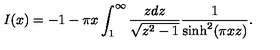
I ( x ) = - 1 - \pi x \int _ { 1 } ^ { \infty } \frac { z d z } { \sqrt { z ^ { 2 } - 1 } } \frac { 1 } { \sinh ^ { 2 } ( \pi x z ) } .